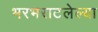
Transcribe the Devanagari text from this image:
भरभराटलेल्या